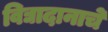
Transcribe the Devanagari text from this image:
विद्यादानाचे